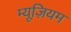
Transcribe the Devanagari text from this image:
म्‍यूज़ियम